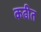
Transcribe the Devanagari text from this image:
कढीत